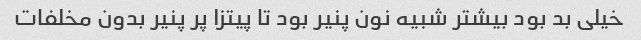
خیلی بد بود بیشتر شبیه نون پنیر بود تا پیتزا پر پنیر بدون مخلفات